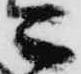
さ